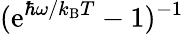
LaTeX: (\mathrm{e}^{\hbar\omega/k_{\mathrm{B}}T}-1)^{-1}